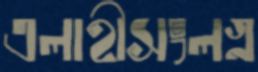
এলাহীসংলগ্ন